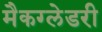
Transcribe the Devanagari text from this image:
मैकग्लेडरी